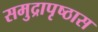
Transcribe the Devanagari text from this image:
समुद्रापृष्ठास